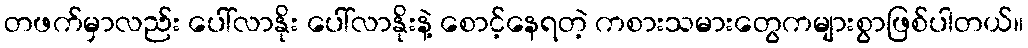
တဖက်မှာလည်း ပေါ်လာနိုး ပေါ်လာနိုးနဲ့ စောင့်နေရတဲ့ ကစားသမားတွေကများစွာဖြစ်ပါတယ်။